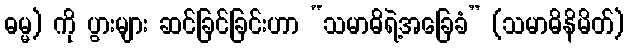
ဓမ္မ) ကို ပွားများ ဆင်ခြင်ခြင်းဟာ “သမာဓိရဲ့အခြေခံ” (သမာဓိနိမိတ်)